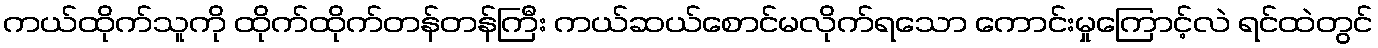
ကယ်ထိုက်သူကို ထိုက်ထိုက်တန်တန်ကြီး ကယ်ဆယ်စောင်မလိုက်ရသော ကောင်းမှုကြောင့်လဲ ရင်ထဲတွင်